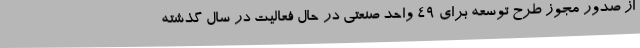
از صدور مجوز طرح توسعه برای 49 واحد صنعتی در حال فعالیت در سال گذشته